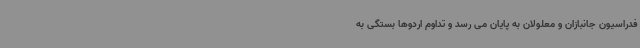
فدراسیون جانبازان و معلولان به پایان می رسد و تداوم اردوها بستگی به